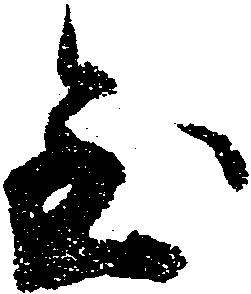
至